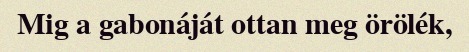
Mig a gabonáját ottan meg örölék,